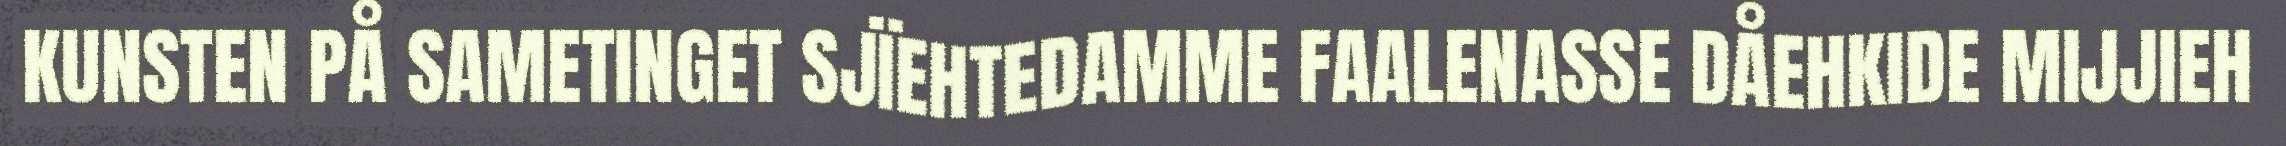
KUNSTEN PÅ SAMETINGET SJÏEHTEDAMME FAALENASSE DÅEHKIDE MIJJIEH